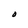
Character: O